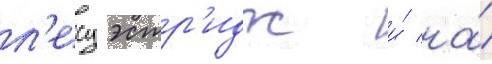
л'есу эстр'идж и́ на́